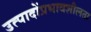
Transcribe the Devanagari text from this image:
उत्पादोंप्रभावशीलता